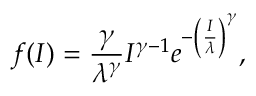
f ( I ) = \frac { \gamma } { \lambda ^ { \gamma } } I ^ { \gamma - 1 } e ^ { - \left( \frac { I } { \lambda } \right) ^ { \gamma } } ,